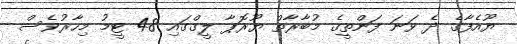
ޔޫއެފާގެ ދެ ވަނަ ފަންތީގެ މުބާރާތް ޔޫރޮޕާ ލީގްގައި 48 ޓީމު މިހާރުވެސް